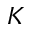
K